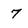
Character: 7